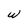
Character: w